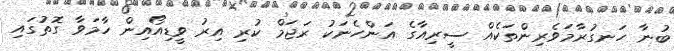
ބުނާ ހަނގުރާމަވެރިންތަކެއް ސީރިއާގެ އަންހެނަކު ރަޖަމް ކުރި އިރު ވީޑިއޯއިން ހާމަވާ ގޮތުގައި